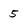
Character: 5